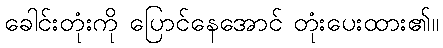
ခေါင်းတုံးကို ပြောင်နေအောင် တုံးပေးထား၏။